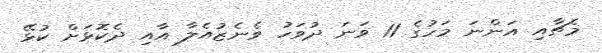
މެޗާއި އަންނަ މަހުގެ 11 ވަނަ ދުވަހު ވެނެޒުއެލާ އާއި ދެކޮޅަށް ކުޅޭ